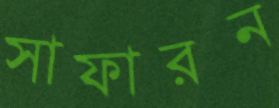
সাফারন